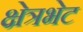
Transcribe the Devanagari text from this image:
क्षेत्रभेट